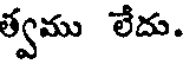
త్వము లేదు.